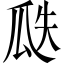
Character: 瓞